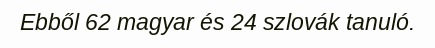
Ebből 62 magyar és 24 szlovák tanuló.